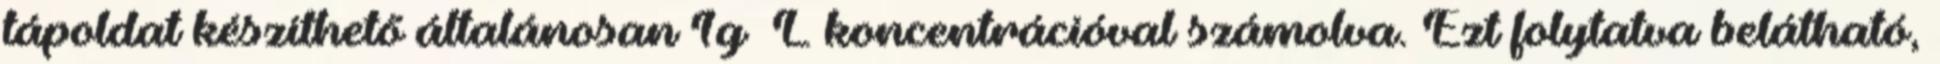
tápoldat készíthető általánosan 1g L koncentrációval számolva. Ezt folytatva belátható,